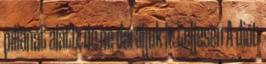
pillanat alatt, de ne daráljuk le teljesen A diót